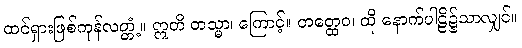
ထင်ရှားဖြစ်ကုန်လတ္တံ့။ ဣတိ တသ္မာ၊ ကြောင့်။ တတ္ထေဝ၊ ထို နောက်ပါဠိ၌သာလျှင်။